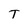
Character: T